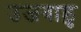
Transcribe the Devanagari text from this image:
उजवाडु